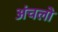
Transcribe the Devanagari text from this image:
अंचलो